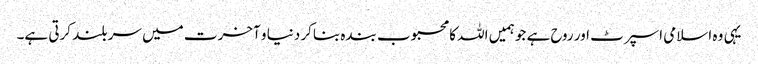
یہی وہ اسلامی اسپرٹ اور روح ہے جو ہمیں اللہ کا محبوب بندہ بناکر دنیا و آخرت میں سر بلند کرتی ہے۔